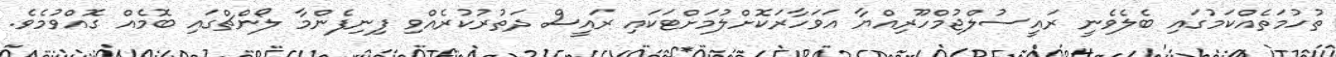
ތުހުމަތެއްކަމުގައި ބެލެވެނީ ރައީސުލްޖުމްހޫރިއްޔާ އަވަހާރަކޮށްލުމަށްޓަކައި ރައީސް ދަތުރުކުރެއްވި ފިނިފެންމާ ލޯންޗްގައި ބޮމެއް ގޮއްވުމެވެ.